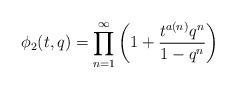
LaTeX: \begin{align*}\phi_2(t,q) = \prod_{n=1}^{\infty}\left(1+\frac{t^{a(n)}q^n}{1-q^n}\right)\end{align*}